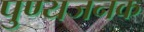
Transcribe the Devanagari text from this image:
पुण्यजनक